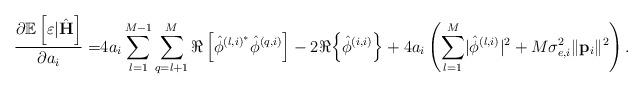
LaTeX: \begin{align*} \frac{\partial\mathbb{E}\left[\varepsilon|\hat{\mathbf{H}}\right]}{\partial a_i}=&4a_i\sum_{l=1}^{M-1}\sum_{q=l+1}^{M} \Re\left[\hat{\phi}^{\left(l,i\right)^*}\hat{\phi}^{\left(q,i\right)}\right]-2 \Re{\left\{\hat{\phi}^{\left(i,i\right)}\right\}}+4a_i\left(\sum_{l=1}^M\lvert\hat{\phi}^{\left(l,i\right)}\rvert^2+M\sigma_{e,i}^2\lVert\mathbf{p}_i\rVert^2\right).\end{align*}